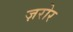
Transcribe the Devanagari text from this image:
ज़रोर